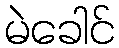
မဲခေါင်